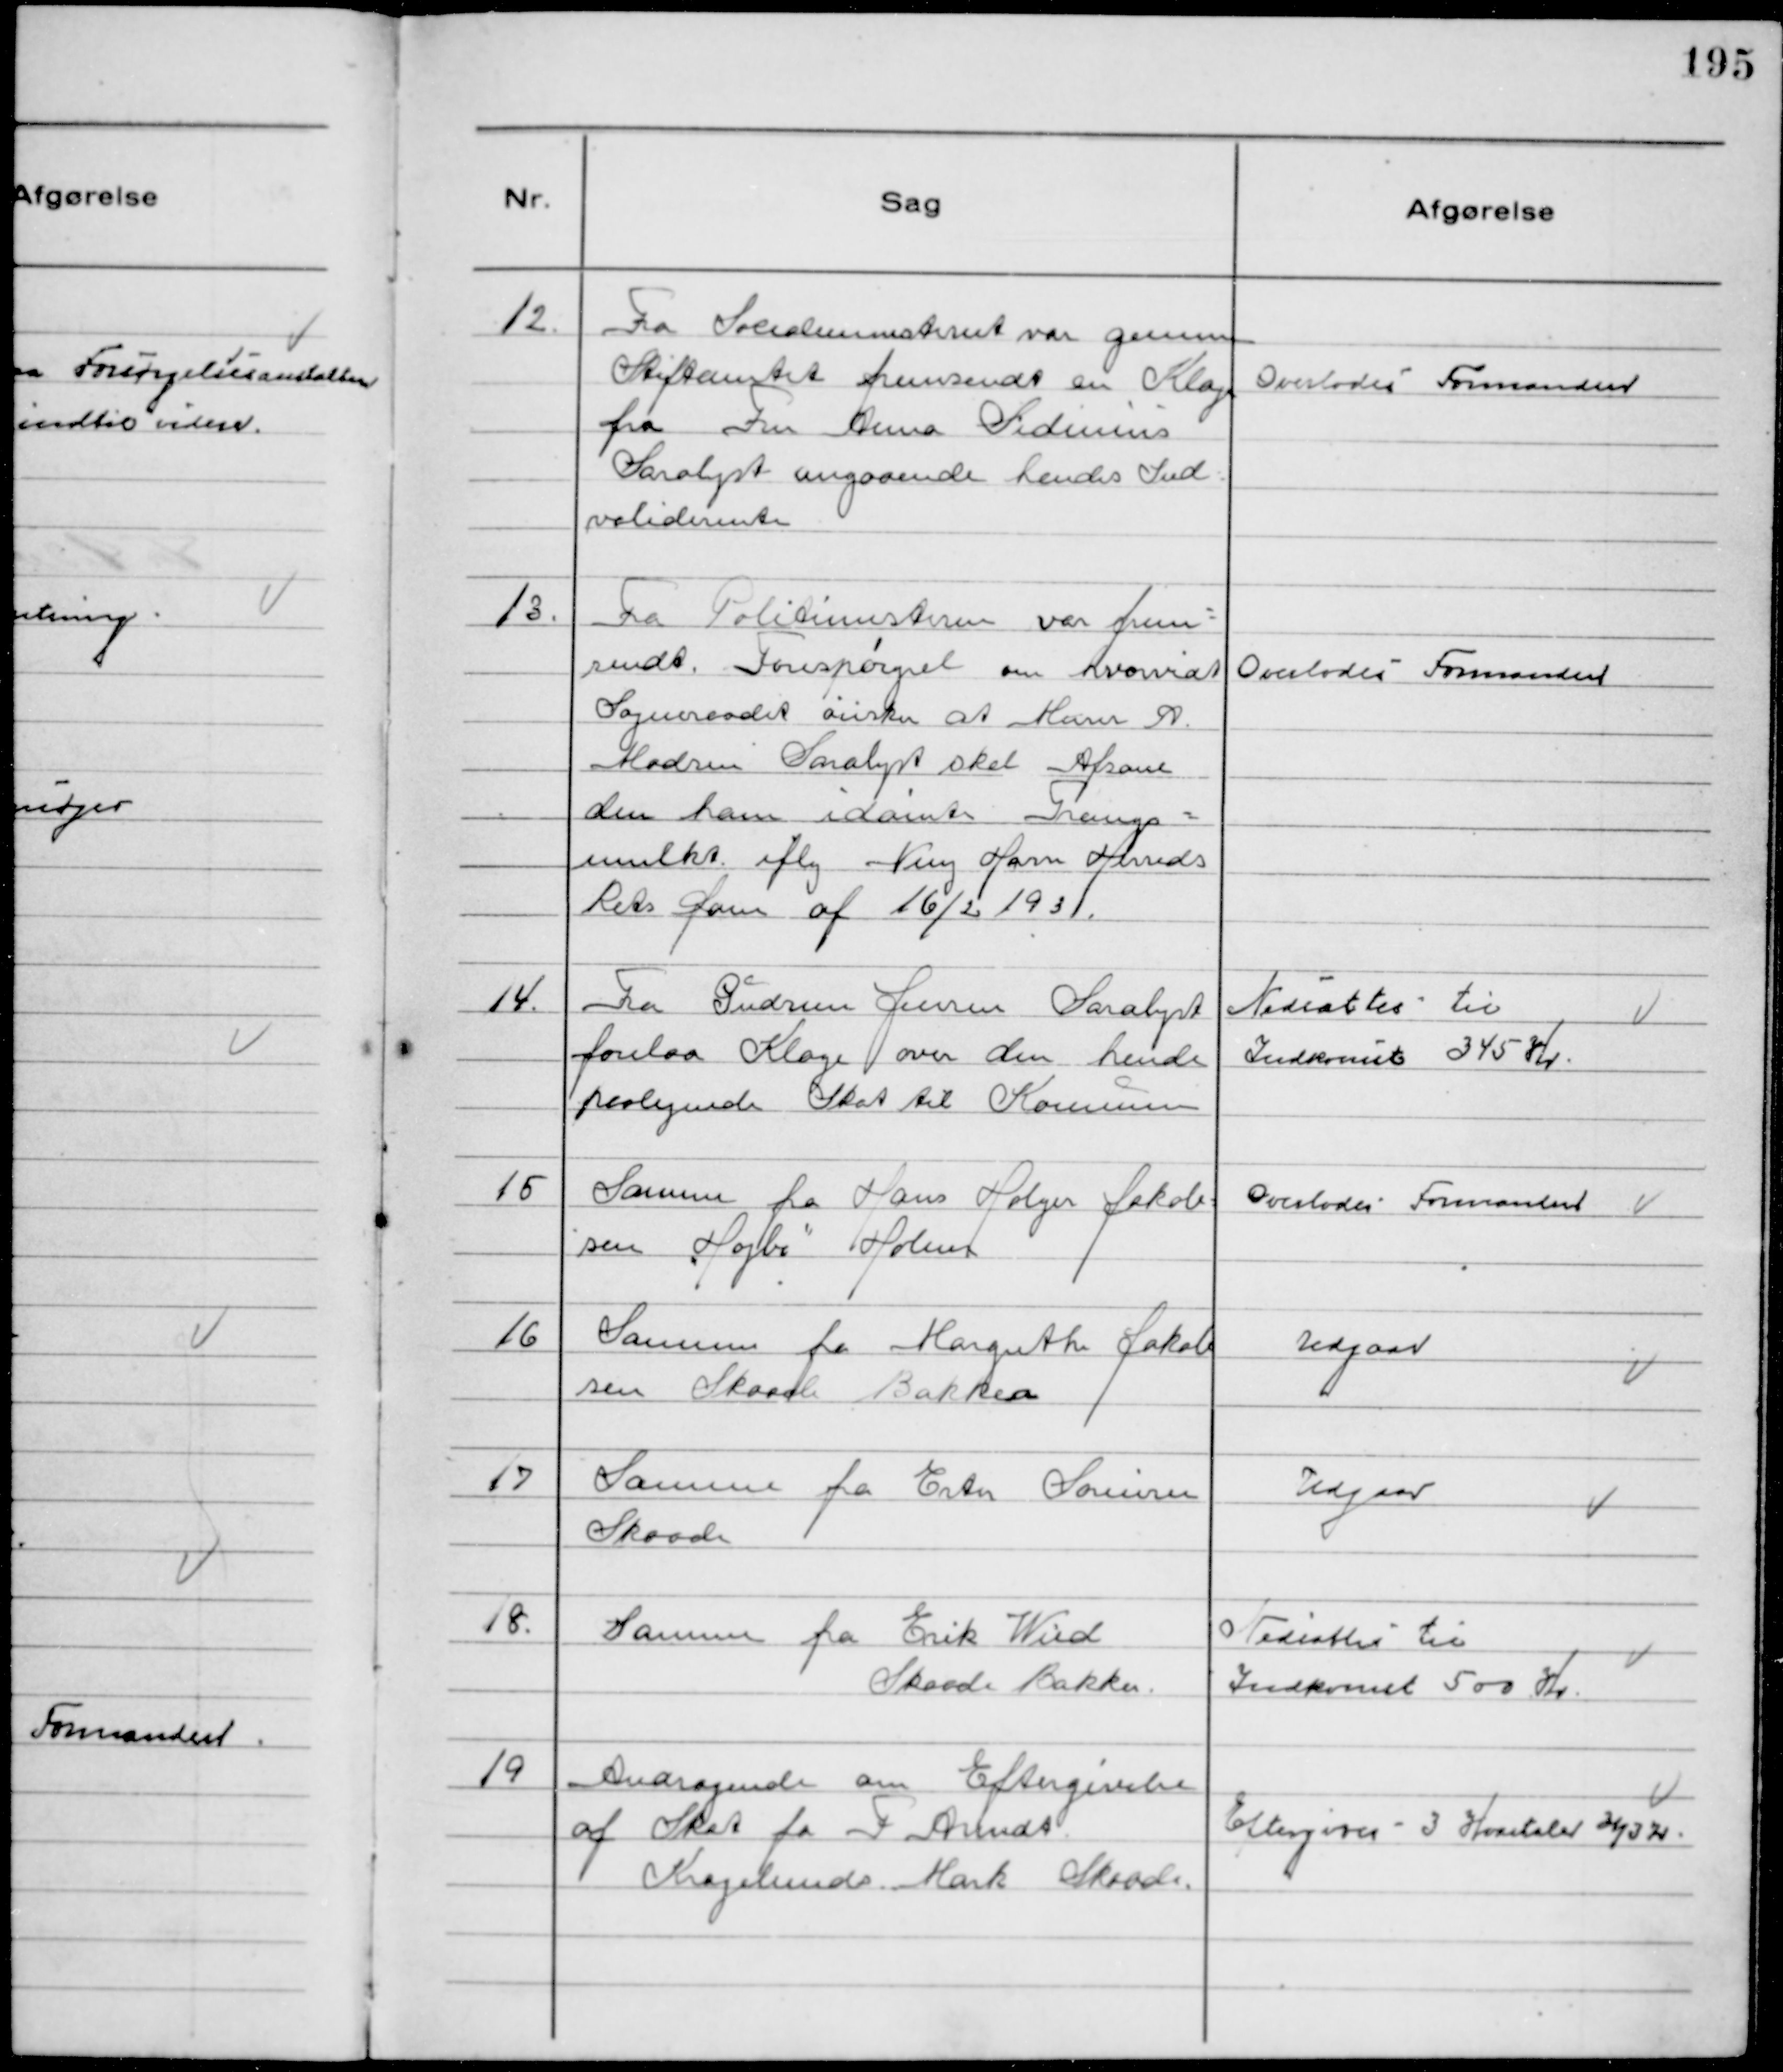
Transskription:
12.
Fra Socialministeriet var gennem
Stiftamtet fremsendt en Klage
fra Fru Anna Sidenius
Sarlyst angaaende hendes Ind-
validerente

Overlodes Formanden

13.
Fra Politimesteren var frem-
sendt Forespørgsel om hvorvidt
Sogneraadet ønsker at Murer A
Madsen Saralyst skal Afsone
den ham idømte Tvangs-
mulkt iflg Ning Harn Herreds
Rets Dom af 16/2 1931.

Overlodes Formanden

14.
Fra Gudrun Jensen Saralyst
forelaa Klage over den hende
paalignede Skat til Kommunen

Nedsattes til
Indkomst 345 Kr.

15
Samme fra Hans Holger Jakob-
sen "Højbo" Holme

Overlodes Formanden

16
Samme fra Margrethe Jakob
sen Skaade Bakker

Udgaar

17
Samme fra Ester Sørensen
Skaade

Udgaar

18.
Samme fra Erik Wied
Skaade Bakker.

Nedsattes til
Indkomst 500 Kr.

19
Andragende om Eftergivelse
af Skat fra F Arendt.
Kragelunds Mark Skaade.

Eftergives 3 Kvartaler 31/3 31